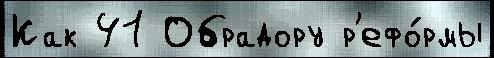
Как 41 Обрадору р'ефо́рмы